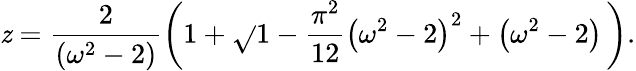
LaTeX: \mathit{z}=\frac{{2}}{{\left(\omega^{2}-2\right)}}\left(1+\sqrt{}{{1-\frac{{\pi^{2}}}{{12}}\left(\omega^{2}-2\right)^{2}+\left(\omega^{2}-2\right)}}\, \right).